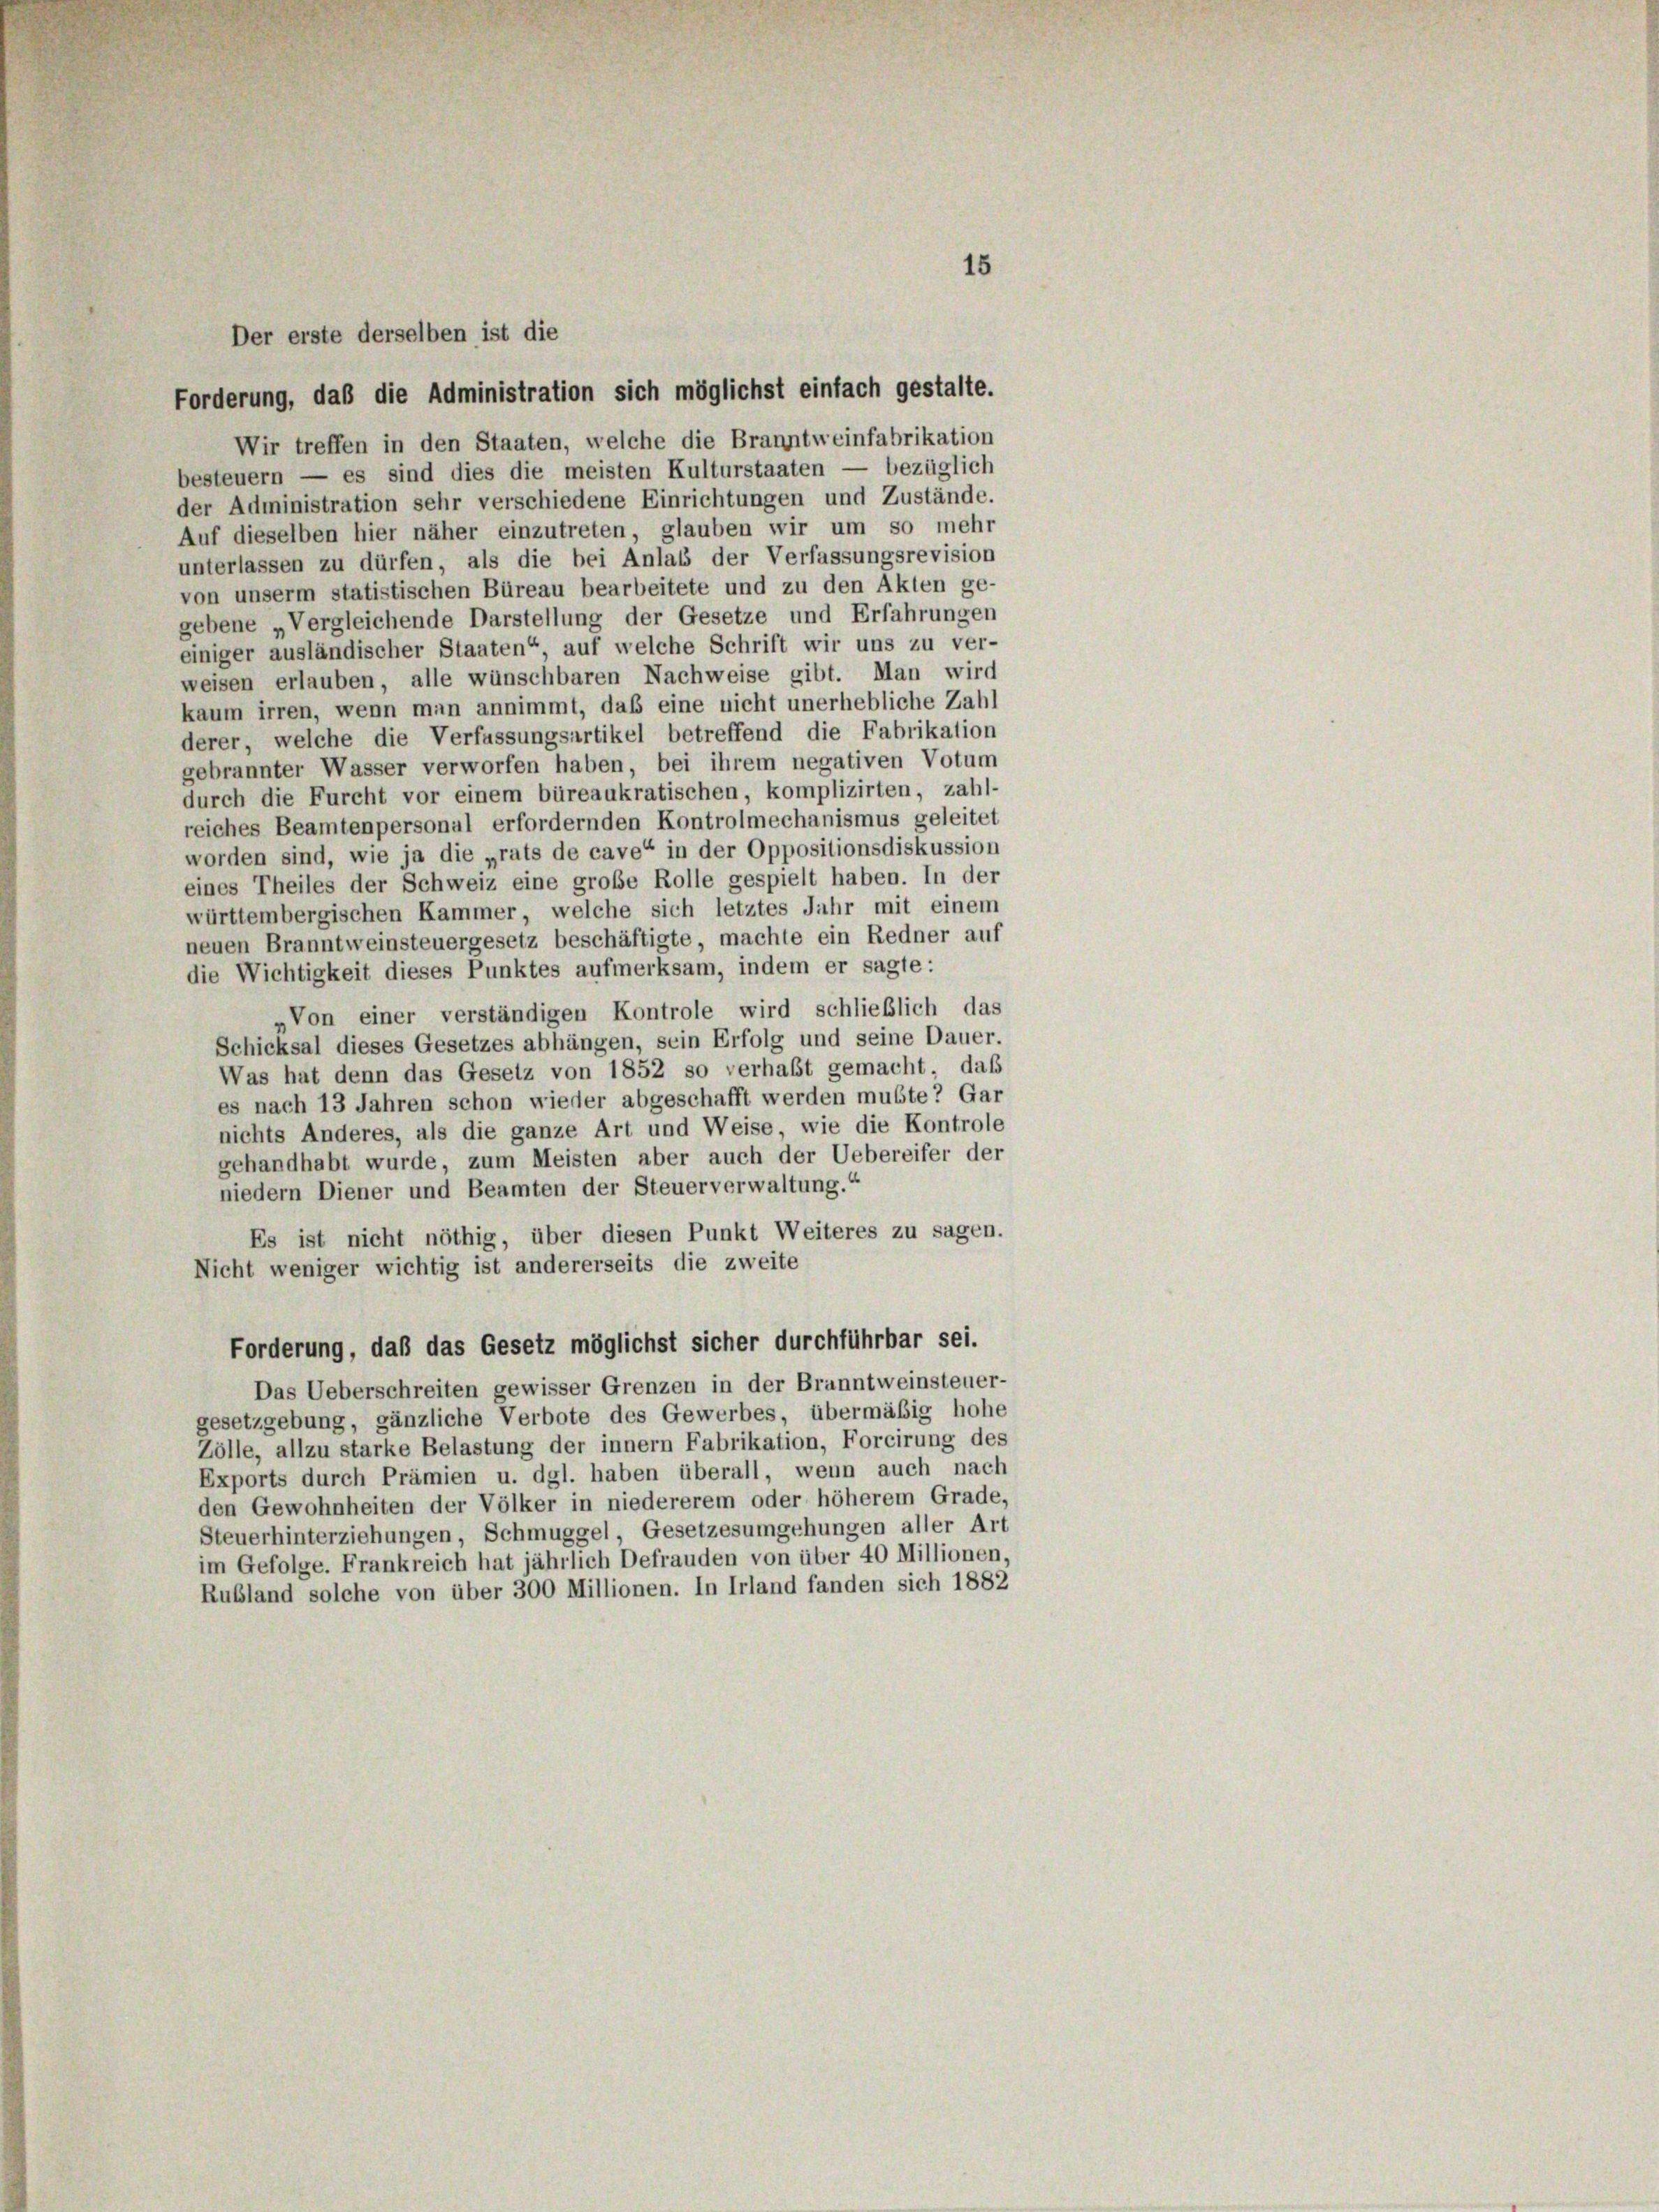
Forderung, daß die Administration sich möglichst einfach gestalte.
Wir treffen in den Staaten, welche die Branntweinfabrikation
besteuern — es sind dies die meisten Kulturstaaten — bezüglich
der Administration sehr verschiedene Einrichtungen und Zustände.
Auf dieselben hier näher einzutreten, glauben wir um so mehr
unterlassen zu dürfen, als die bei Anlass der Verfassungsrevision
von unserm statistischen Büreau bearbeitete und zu den Akten ge-
gebene „Vergleichende Darstellung der Gesetze und Erfahrungen
einiger ausländischer Staaten“ auf welche Schrift wir uns zu ver-
weisen erlauben, alle wünschbaren Nachweise gibt. Man wird
kaum irren, wenn man annimmt, daß eine nicht unerhebliche Zahl
derer, welche die Verfassungsartikel betreffend die Fabrikation
gebrannter Wasser verworfen haben, bei ihrem negativen Votum
durch die Furcht vor einem büreaukratischen, komplizirten, zahl-
reiches Beamtenpersonal erfordernden Kontrolmechanismus geleitet
worden sind, wie ja die „rats de cave“ in der Oppositionsdiskussion
eines Theiles der Schweiz eine große Rolle gespielt haben. In der
württembergischen Kammer, welche sich letztes Jahr mit einem
neuen Branntweinsteuergesetz beschäftigte, machte ein Redner auf
die Wichtigkeit dieses Punktes aufmerksam, indem er sagte:
„Von einer verständigen Kontrole wird schließlich das
Schicksal dieses Gesetzes abhängen, sein Erfolg und seine Dauer.
Was hat denn das Gesetz von 1852 so verhalt gemacht, daß
es nach 13 Jahren schon wieder abgeschafft werden mußte? Gar
nichts Anderes, als die ganze Art und Weise, wie die Kontrole
gehandhabt wurde, zum Meisten aber auch der Uebereifer der
niedern Diener und Beamten der Steuerverwaltung.“
Es ist nicht nöthig, über diesen Punkt Weiteres zu sagen.
Nicht weniger wichtig ist andererseits die zweite
Forderung, daß das Gesetz möglichst sicher durchführbar sei.
Das Ueberschreiten gewisser Grenzen in der Branntweinsteuer-
gesetzgebung, gänzliche Verbote des Gewerbes, übermäßig hohe
Zölle, allzu starke Belastung der innern Fabrikation, Forcirung des
Exports durch Prämien u. dgl. haben überall, wenn auch nach
den Gewohnheiten der Völker in niedererem oder höherem Grade,
Steuerhinterziehungen, Schmuggel, Gesetzesumgehungen aller Art
im Gefolge. Frankreich hat jährlich Defrauden von über 40 Millionen,
Rubland solche von über 300 Millionen. In Irland fanden sich 1882

Der erste derselben ist die

15